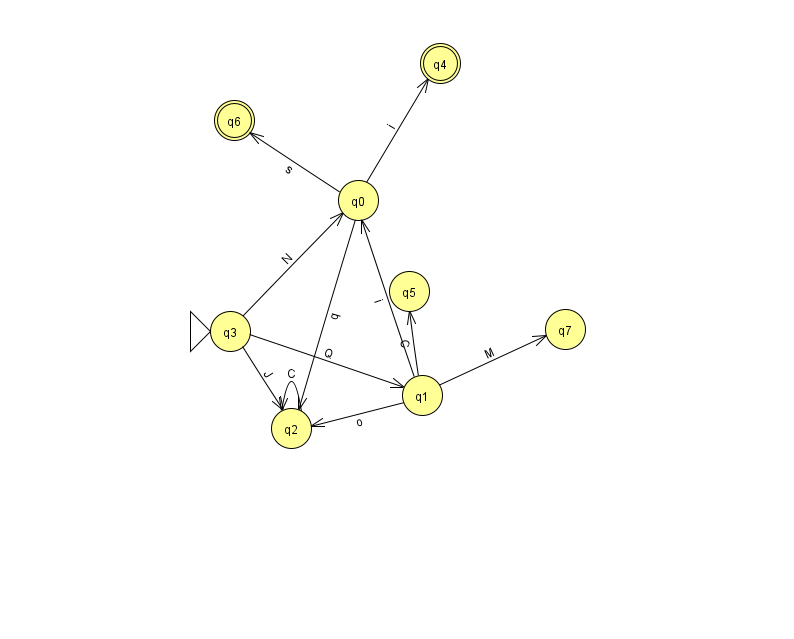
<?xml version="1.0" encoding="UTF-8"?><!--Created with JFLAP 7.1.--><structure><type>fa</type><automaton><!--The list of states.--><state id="0" name="q0"><x>358.0</x><y>187.0</y></state><state id="1" name="q1"><x>422.0</x><y>382.0</y></state><state id="2" name="q2"><x>291.0</x><y>415.0</y></state><state id="3" name="q3"><x>230.0</x><y>318.0</y><initial/></state><state id="4" name="q4"><x>440.0</x><y>50.0</y><final/></state><state id="5" name="q5"><x>409.0</x><y>278.0</y></state><state id="6" name="q6"><x>234.0</x><y>107.0</y><final/></state><state id="7" name="q7"><x>565.0</x><y>316.0</y></state><!--The list of transitions.--><transition><from>0</from><to>6</to><read>s</read></transition><transition><from>2</from><to>2</to><read>C</read></transition><transition><from>0</from><to>4</to><read>i</read></transition><transition><from>1</from><to>0</to><read>i</read></transition><transition><from>3</from><to>2</to><read>J</read></transition><transition><from>1</from><to>7</to><read>M</read></transition><transition><from>1</from><to>5</to><read>C</read></transition><transition><from>0</from><to>2</to><read>q</read></transition><transition><from>3</from><to>1</to><read>Q</read></transition><transition><from>3</from><to>0</to><read>N</read></transition><transition><from>1</from><to>2</to><read>o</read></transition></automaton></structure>